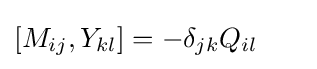
[M_{ij},Y_{kl}]=-\delta _{jk}Q_{il}~~~~~